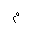
Letter: _mim